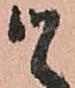
候